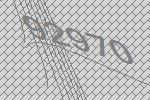
92970